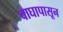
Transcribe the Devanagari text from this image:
वाघापासून